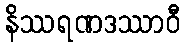
နိဿရဏဒဿာဝီ